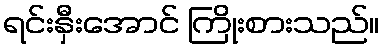
ရင်းနှီးအောင် ကြိုးစားသည်။